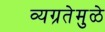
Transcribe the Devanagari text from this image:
व्यग्रतेमुळे